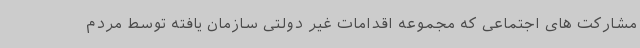
مشارکت های اجتماعی که مجموعه اقدامات غیر دولتی سازمان یافته توسط مردم